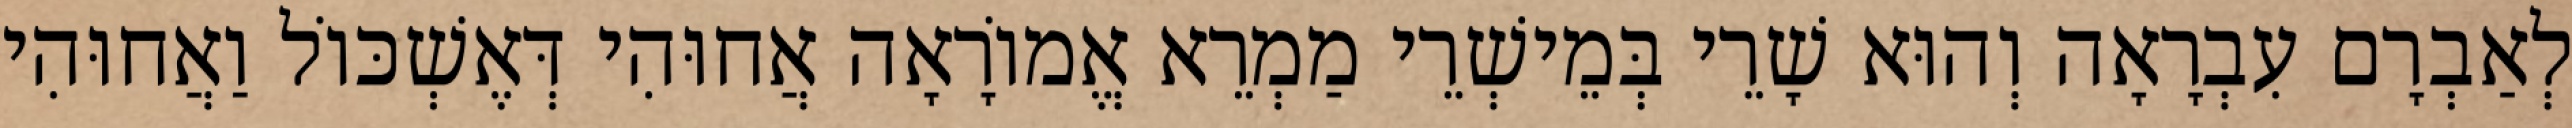
לְאַבְרָם עִבְרָאָה וְהוּא שָׁרֵי בְּמֵישְׁרֵי מַמְרֵא אֱמוֹרָאָה אֲחוּהִי דְּאֶשְׁכּוֹל וַאֲחוּהִי